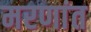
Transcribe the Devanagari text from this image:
मरणांत